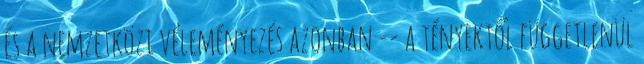
és a nemzetközi véleményezés azonban -- a tényektől függetlenül